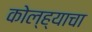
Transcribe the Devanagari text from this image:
कोल्ह्याचा